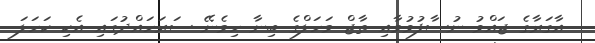
އާގަރާގެ ޖައްވު ނުސާފުވުމާއި ތާޖް މަހަލްގެ ބިނާ ހިމެނޭ ސަރަހައްދުގައި އެކި ކަހަލަ